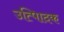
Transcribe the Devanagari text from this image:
उत्पािदक